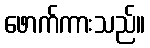
ဖောက်ကားသည်။